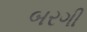
બરગી